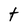
Character: t